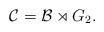
\begin{align*}\mathcal{C}=\mathcal{B} \rtimes G_2.\end{align*}